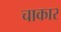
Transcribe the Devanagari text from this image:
चाकार